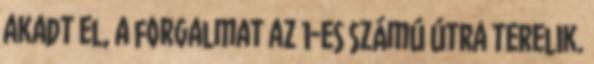
akadt el, a forgalmat az 1-es számú útra terelik.